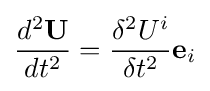
{\begin{aligned}{\frac {d^{2}\mathbf {U} }{dt^{2}}}={\frac {\delta ^{2}U^{i}}{\delta t^{2}}}\mathbf {e} _{i}\\\end{aligned}}